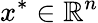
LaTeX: x^{*}\in\mathbb{R}^{n}